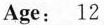
This is ane，my new net friend。\underline